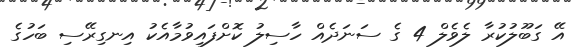
އޭ ގަބޫލުކުރާ ލެވެލް 4 ގެ ސަނަދެއް ހާސިލު ކޮށްފައިވުމާއެކު އިނގިރޭސި ބަހުގެ